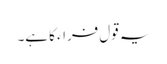
یہ قول فراء کا ہے۔